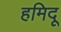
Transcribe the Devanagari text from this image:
हमिदू